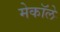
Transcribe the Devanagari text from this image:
मेकॉले